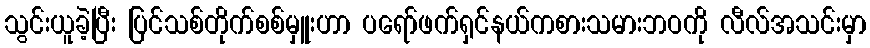
သွင်းယူခဲ့ပြီး ပြင်သစ်တိုက်စစ်မှူးဟာ ပရော်ဖက်ရှင်နယ်ကစားသမားဘဝကို လီလ်အသင်းမှာ